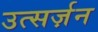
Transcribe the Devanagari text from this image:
उत्सर्ज़न